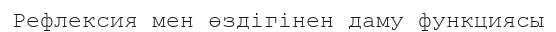
Рефлексия мен өздігінен даму функциясы